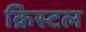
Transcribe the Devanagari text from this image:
क्रिस्‍टल